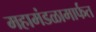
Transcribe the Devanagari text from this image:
महामंडळामार्फत